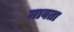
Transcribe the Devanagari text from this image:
मावता